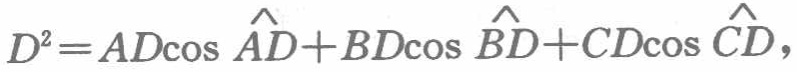
\[D^{2}=AD\cos\widehat{AD}+BD\cos\widehat{BD}+CD\cos\widehat{CD},\]